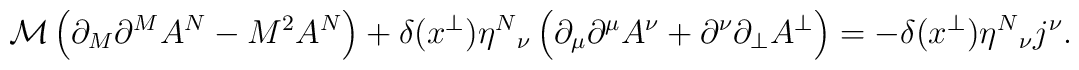
\mathcal{M}\left(\partial_M\partial^M A^N-M^2 A^N\right)+\delta(x^\perp)\eta^N{}_\nu\left(\partial_\mu\partial^\mu A^\nu+\partial^\nu\partial_\perp A^\perp\right)=-\delta(x^\perp)\eta^N{}_\nu j^\nu.